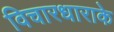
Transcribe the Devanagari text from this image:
विचारधाराके